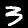
Digit: 3